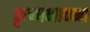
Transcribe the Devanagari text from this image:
कृष्णभावना